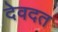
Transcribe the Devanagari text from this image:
देवदत